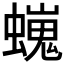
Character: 𧑵